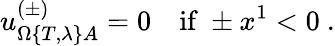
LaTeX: u_{\Omega\{ T,\lambda\} A}^{(\pm)}=0\quad\mathrm{if~}\pm x^{1}<0\ .